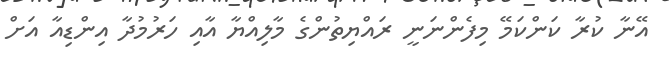
އޭނާ ކުރާ ކަންކަމޭ މިފެންނަނީ ރައްޔިތުންގެ މާލިއްޔާ އާއި ހަރުމުދާ އިންޑިއާ އަށް